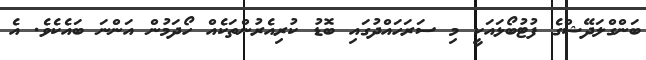
ބަންގްލަދޭޝްގެ ފުޓުބޯޅައަކީ މި ސަރަހައްދުގައި ބޮޑު ކުރިއެރުންތަކެއް ހޯދަމުން އަންނަ ބައެކެވެ. އެ